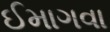
ઈમાગવા